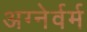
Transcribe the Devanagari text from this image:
अग्नेर्वर्म